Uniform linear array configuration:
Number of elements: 12
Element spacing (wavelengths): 1
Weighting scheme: cosine
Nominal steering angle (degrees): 0
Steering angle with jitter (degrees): -1.513
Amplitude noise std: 0.05
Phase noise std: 0.05

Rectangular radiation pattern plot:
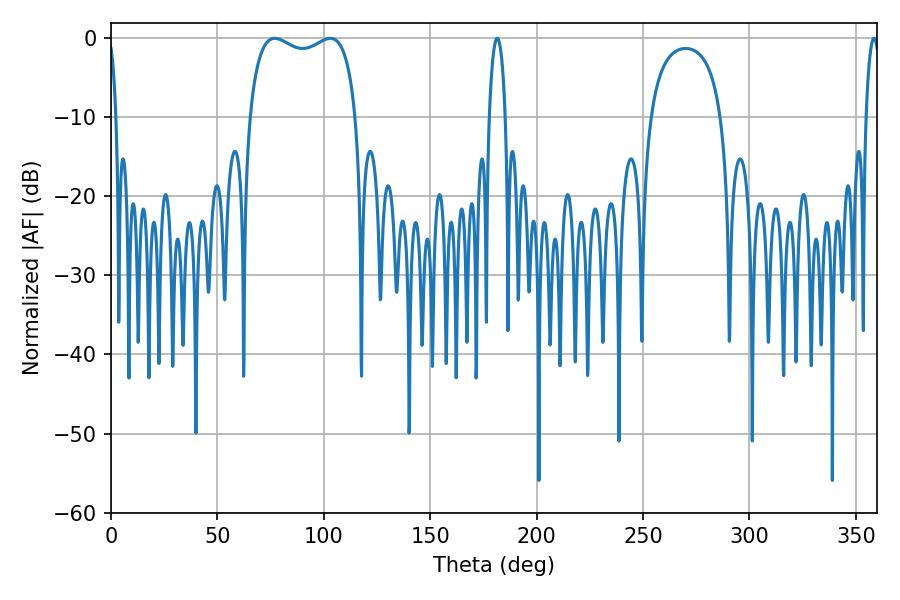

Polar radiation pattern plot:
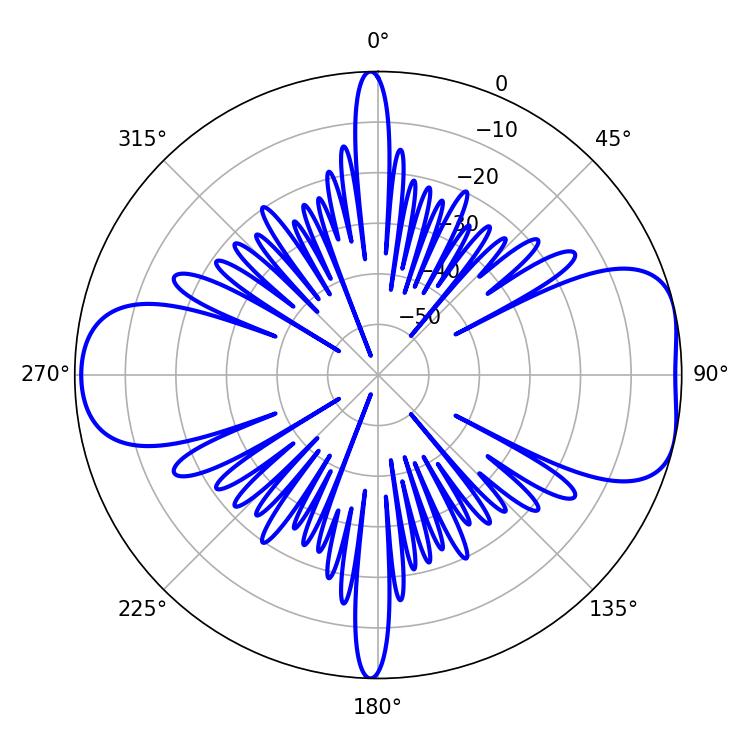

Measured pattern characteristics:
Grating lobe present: TRUE
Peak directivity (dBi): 7.603
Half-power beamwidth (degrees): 41.4
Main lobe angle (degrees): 76.86